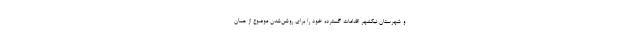
و شهرستان نیکشهر اقدامات گسترده خود را برای روشن‌شدن موضوع از همان